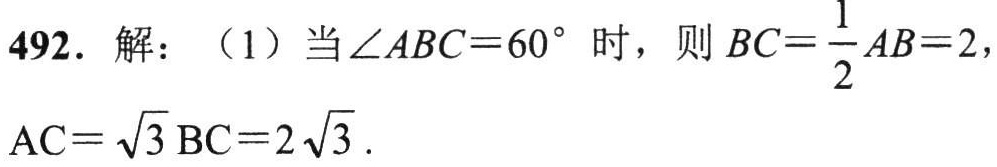
492. 解：（1）当\(\angle ABC = 60^{\circ}\)时，则\(BC=\frac{1}{2}AB = 2\)，\(AC = \sqrt{3}BC=2\sqrt{3}\).